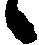
候